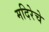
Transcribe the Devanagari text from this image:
मदिरेचे